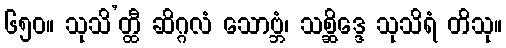
၆၅၀။ သုသိ’တ္ထီ ဆိဂ္ဂလံ သောဗ္ဘံ၊ သစ္ဆိဒ္ဒေ သုသိရံ တိသု။